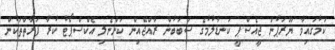
ކަމުގައިވާ ޔޫރަޕުން ޖީއެސްޕީ ކަނޑާލުމުގެ ސަބަބުން ރާއްޖޭއިން ކަންނެލި އެކްސްޕޯޓު ކުރާ ފަރާތްތަކުން